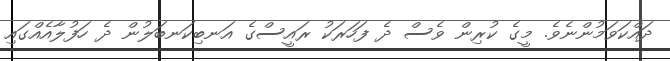
ދައްކަވަމުންނެވެ. މީގެ ކުރިން ވެސް ދެ ފަހަރަކު ރައީސްގެ އަނބިކަނބަލުން ދެ ހަފުލާއެއްގައި